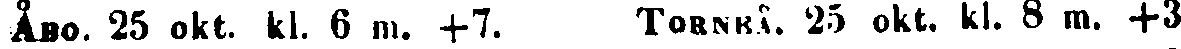
ÅBO. 25 okt. kl. 6 m. +7. TORNEÅ. 25 okt. kl. 8 m. +3